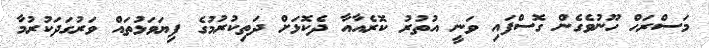
މަސްރަހް ހޫނުވެގެން ގޮސްފައި ވަނީ އުތުރު ކޮރެއާއާ ދެކޮޅަށް ދަތިކުރުމުގެ ފިޔަވަޅުތައް ވަރުގަދަކުރުމާ